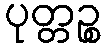
ပုတ္တဉ္စ